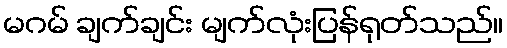
မဂမ် ချက်ချင်း မျက်လုံးပြန်ရုတ်သည်။